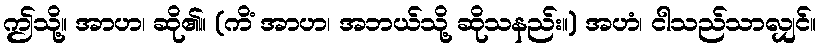
ဤသို့။ အာဟ၊ ဆို၏။ (ကိံ အာဟ၊ အဘယ်သို့ ဆိုသနည်း။) အဟံ၊ ငါသည်သာလျှင်။